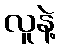
လူနဲ့